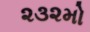
૨૩૨મો